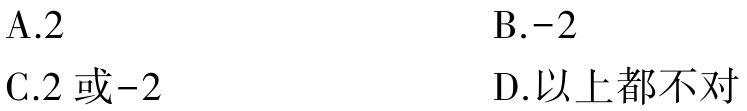
A.2

B.-2

C.2或-2

D.以上都不对